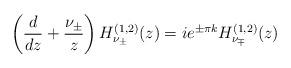
LaTeX: \begin{align*} \left(\frac{d}{dz}+\frac{\nu_{\pm}}{z}\right)H^{(1,2)}_{\nu_{\pm}}(z) = i e^{\pm \pi k} H^{(1,2)}_{\nu_{\mp}}(z)\end{align*}